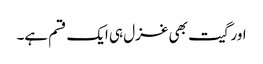
اور گیت بھی غزل ہی ایک قسم ہے۔